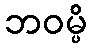
ဘဝမ္ပိ